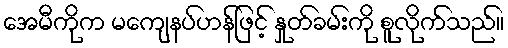
အေမီကိုက မကျေနပ်ဟန်ဖြင့် နှုတ်ခမ်းကို စူလိုက်သည်။